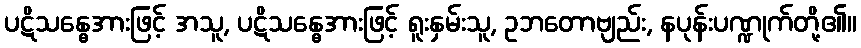
ပဋိသန္ဓေအားဖြင့် အသူ, ပဋိသန္ဓေအားဖြင့် ရူးနှမ်းသူ, ဥဘတောဗျည်း, နပုန်းပဏ္ဍုက်တို့၏။